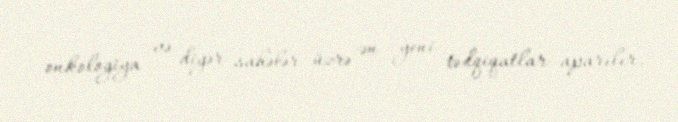
onkologiya və digər sahələr üzrə ən yeni tədqiqatlar aparılır.